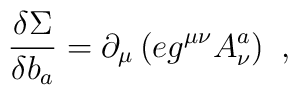
{\displaystyle{\frac{\delta \Sigma}{\delta b_a}}}= \partial _\mu \left(eg^{\mu \nu }A_\nu^a\right) \,\, ,